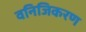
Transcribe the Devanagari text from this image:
वनिजिकरण